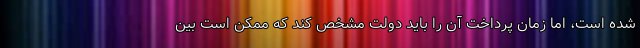
شده است، اما زمان پرداخت آن را باید دولت مشخص کند که ممکن است بین